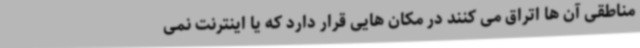
مناطقی آن ها اتراق می کنند در مکان هایی قرار دارد که یا اینترنت نمی